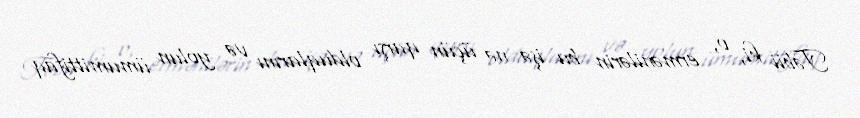
Təbii ki, o, ermənilərin bu işə nə üçün qarşı olduqlarını və yolun ümumittifaq